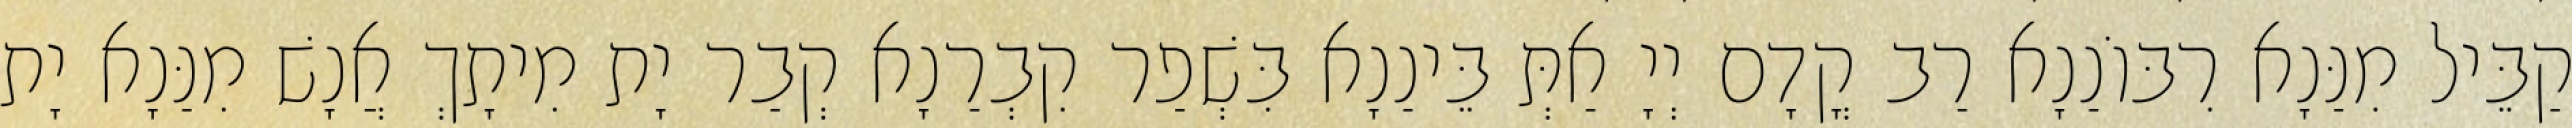
קַבֵּיל מִנַּנָא רִבּוֹנַנָא רַב קֳדָם יְיָ אַתְּ בֵּינַנָא בִּשְׁפַר קִבְרַנָא קְבַר יָת מִיתָךְ אֲנָשׁ מִנַּנָא יָת